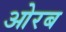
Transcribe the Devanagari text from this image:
ओरब